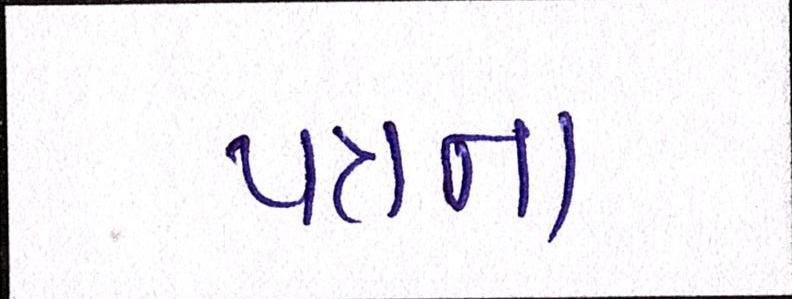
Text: પત્રના